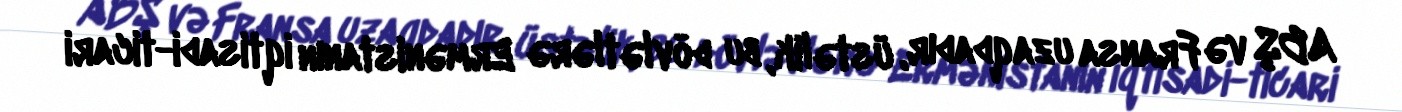
ABŞ və Fransa uzaqdadır, üstəlik, bu dövlətlərə Ermənistanın iqtisadi-ticari